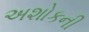
અશોકની